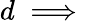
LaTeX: d\implies